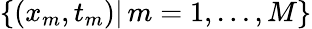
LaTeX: \{ (x_{m},t_{m})|\, m=1,\ldots,M\}